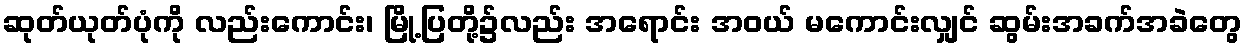
ဆုတ်ယုတ်ပုံကို လည်းကောင်း၊ မြို့ပြတို့၌လည်း အရောင်း အဝယ် မကောင်းလျှင် ဆွမ်းအခက်အခဲတွေ